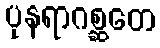
ပုနရာဂစ္ဆတေ